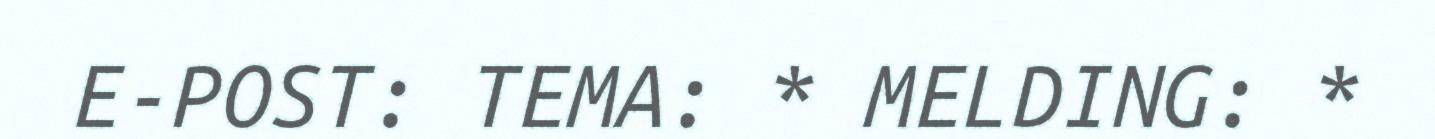
E-POST: TEMA: * MELDING: *